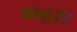
શાહદા